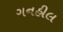
ગનહીલ